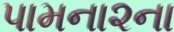
પામના૨ના